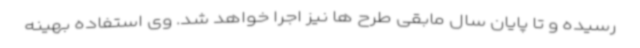
رسیده و تا پایان سال مابقی طرح ها نیز اجرا خواهد شد. وی استفاده بهینه